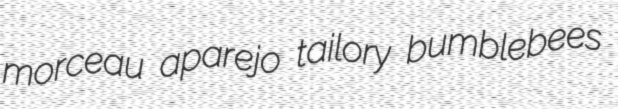
morceau aparejo tailory bumblebees